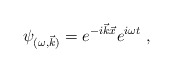
\begin{align*}\psi _{(\omega ,\vec{k})}=e^{-i\vec{k}\vec{x}}e^{i\omega t}~, \end{align*}